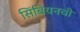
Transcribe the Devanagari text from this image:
सिंबियनची